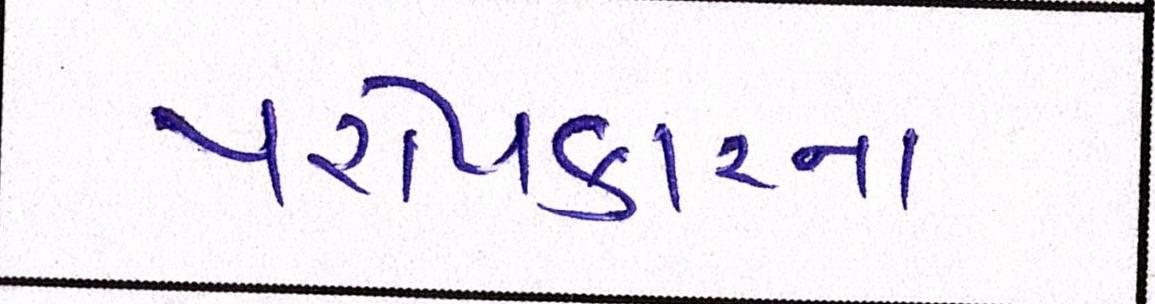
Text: પરોપકારનાં